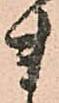
ま